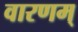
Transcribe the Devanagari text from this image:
वारणम्